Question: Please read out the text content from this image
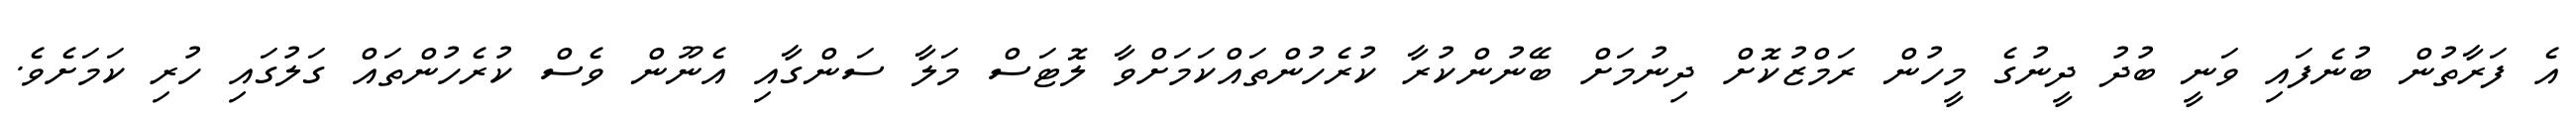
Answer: އެ ފަރާތުން ބުނެފައި ވަނީ ބުދު ދީނުގެ މީހުން ރަމްޒުކޮށް ދިނުމަށް ބޭނުންކުރާ ކުރެހުންތައްކަމަށްވާ ލޮޓަސް މަލާ ސަންގާއި އެނޫން ވެސް ކުރެހުންތައް ގަލުގައި ހުރި ކަމަށެވެ.